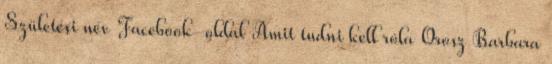
Születési név Facebook-oldal Amit tudni kell róla Orosz Barbara